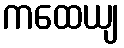
ကထေယျ